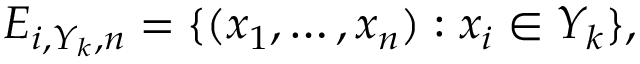
E _ { i , Y _ { k } , n } = \{ ( x _ { 1 } , \ldots , x _ { n } ) : x _ { i } \in Y _ { k } \} ,